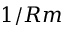
1 / R m